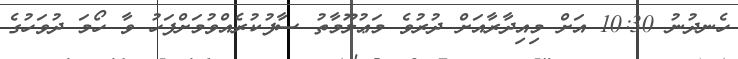
ހެނދުނު 10:30 އަށް މިއިދާރާއަށް ދުރުވެ މަޢުލޫމާތު ސާފުކުރެއްވުމަށްފަހު ވާ ހޯމަ ދުވަހުގެ